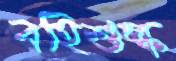
বহিশুল্ক